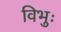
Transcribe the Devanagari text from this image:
विभुः